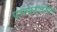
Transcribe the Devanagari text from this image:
परस्परावरील